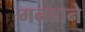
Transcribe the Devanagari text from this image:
मनबाने